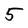
Character: 5